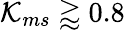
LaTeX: \mathcal{K}_{ms}\gtrapprox 0.8